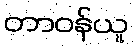
တာဝန်ယူ